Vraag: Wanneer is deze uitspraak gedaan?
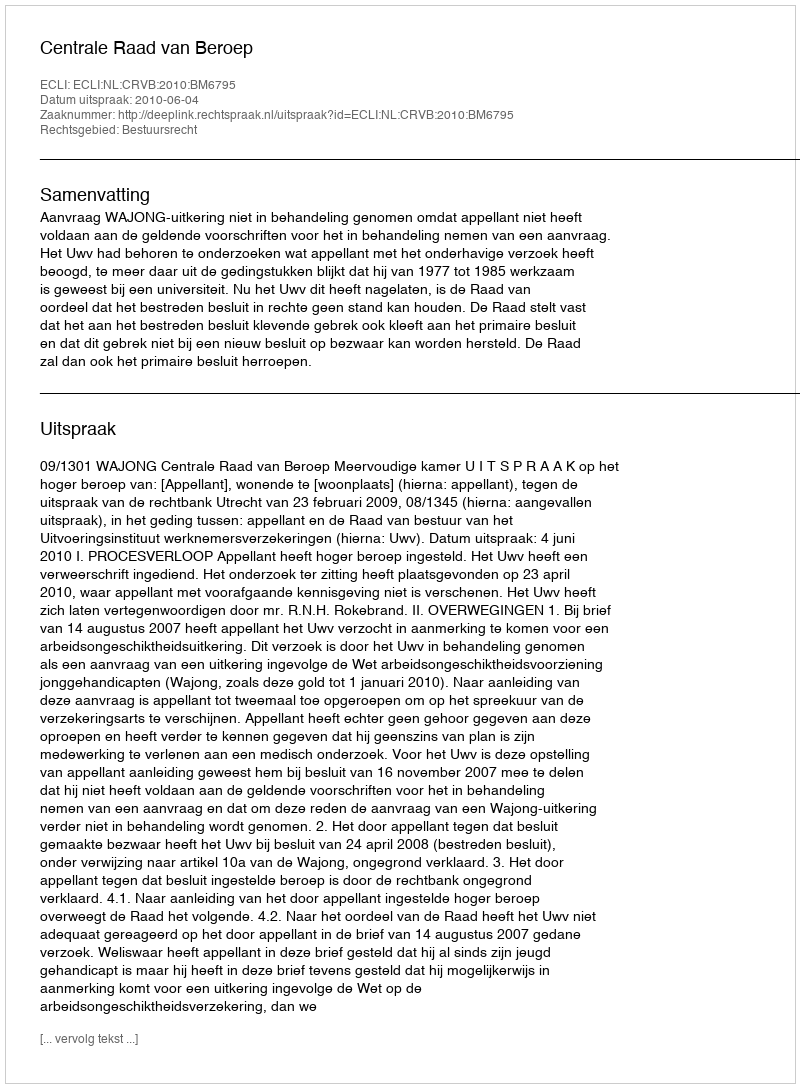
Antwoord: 2010-06-04